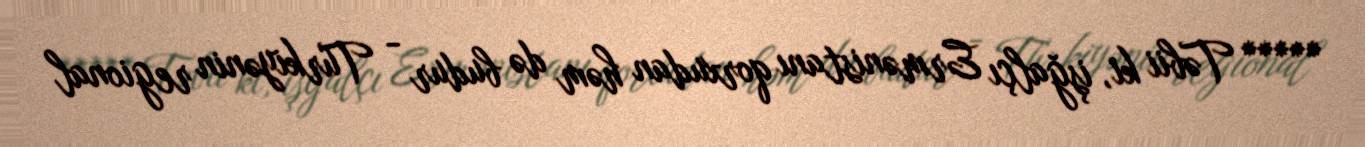
***** Təbii ki, işğalçı Ermənistanı qorxudan həm də budur - Türkiyənin regional